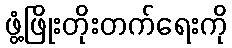
ဖွံ့ဖြိုးတိုးတက်ရေးကို